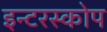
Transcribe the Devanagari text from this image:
इन्टरस्कोप